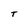
Character: T